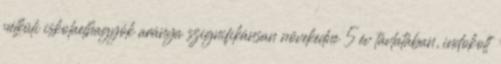
nélküli iskolaelhagyók aránya szignifikánsan növekedne 5 év távlatában, indokolt